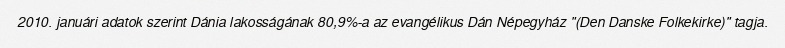
2010. januári adatok szerint Dánia lakosságának 80,9%-a az evangélikus Dán Népegyház "(Den Danske Folkekirke)" tagja.